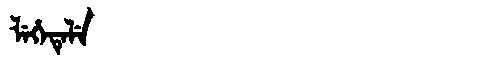
Manchu: ᠯᡝᡥᡝᡨᡝᠯᡝ
Romanization: LEHETELE